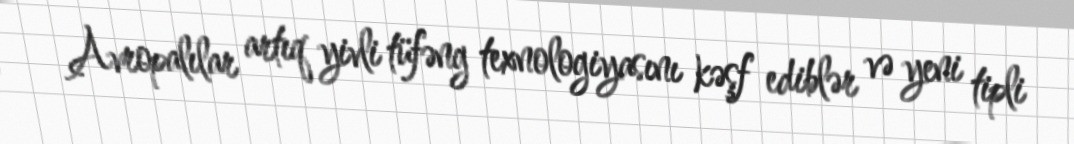
Avropalılar artıq yivli tüfəng texnologiyasını kəşf ediblər və yeni tipli